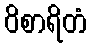
ဝိစာရိတံ